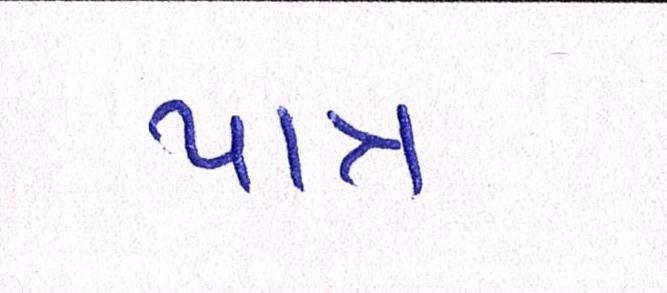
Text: પાત્ર